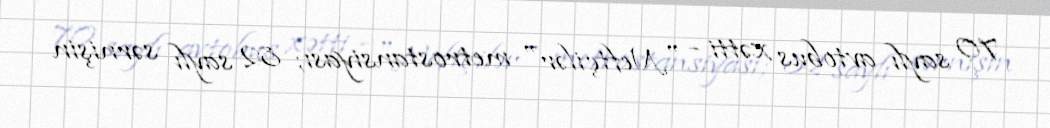
70 saylı avtobus xətti - "Neftçilər" metrostansiyası; 82 saylı sərnişin